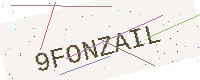
Text: 9FONZAIL